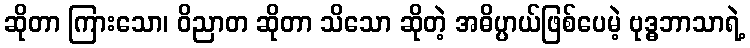
ဆိုတာ ကြားသော၊ ဝိညာတ ဆိုတာ သိသော ဆိုတဲ့ အဓိပ္ပာယ်ဖြစ်ပေမဲ့ ဗုဒ္ဓဘာသာရဲ့